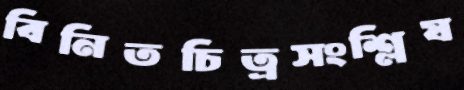
বিনিতচিত্রসংশ্লিষ